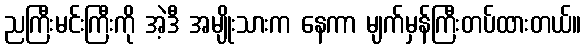
ညကြီးမင်းကြီးကို အဲ့ဒီ အမျိုးသားက နေကာ မျက်မှန်ကြီးတပ်ထားတယ်။